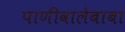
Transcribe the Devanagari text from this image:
पाणीवालेबाबा